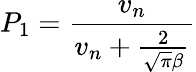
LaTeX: P_{1}=\frac{v_{n}}{v_{n}+\frac{2}{\sqrt{\pi}\beta}}